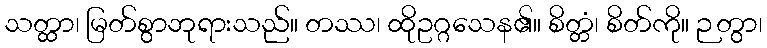
သတ္ထာ၊ မြတ်စွာဘုရားသည်။ တဿ၊ ထိုဥဂ္ဂသေန၏။ စိတ္တံ၊ စိတ်ကို။ ဉတွာ၊